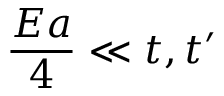
\frac { E a } { 4 } \ll t , t ^ { \prime }